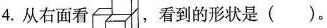
4.从右面看，看到的形状是()。